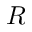
R